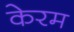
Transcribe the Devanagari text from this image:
केरम